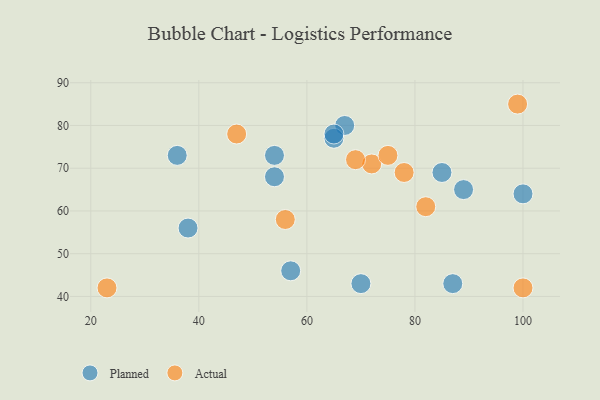
{"axis": {"x": "GDP", "y": "Life Expectancy"}, "legend": ["Actual", "Planned"], "data": [{"x": "38", "y": 56, "type": "Planned"}, {"x": "87", "y": 43, "type": "Planned"}, {"x": "54", "y": 68, "type": "Planned"}, {"x": "100", "y": 64, "type": "Planned"}, {"x": "36", "y": 73, "type": "Planned"}, {"x": "67", "y": 80, "type": "Planned"}, {"x": "54", "y": 73, "type": "Planned"}, {"x": "65", "y": 77, "type": "Planned"}, {"x": "85", "y": 69, "type": "Planned"}, {"x": "70", "y": 43, "type": "Planned"}, {"x": "57", "y": 46, "type": "Planned"}, {"x": "89", "y": 65, "type": "Planned"}, {"x": "65", "y": 78, "type": "Planned"}, {"x": "99", "y": 85, "type": "Actual"}, {"x": "47", "y": 78, "type": "Actual"}, {"x": "72", "y": 71, "type": "Actual"}, {"x": "82", "y": 61, "type": "Actual"}, {"x": "78", "y": 69, "type": "Actual"}, {"x": "75", "y": 73, "type": "Actual"}, {"x": "69", "y": 72, "type": "Actual"}, {"x": "100", "y": 42, "type": "Actual"}, {"x": "56", "y": 58, "type": "Actual"}, {"x": "23", "y": 42, "type": "Actual"}]}